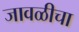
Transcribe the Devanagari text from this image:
जावळीचा